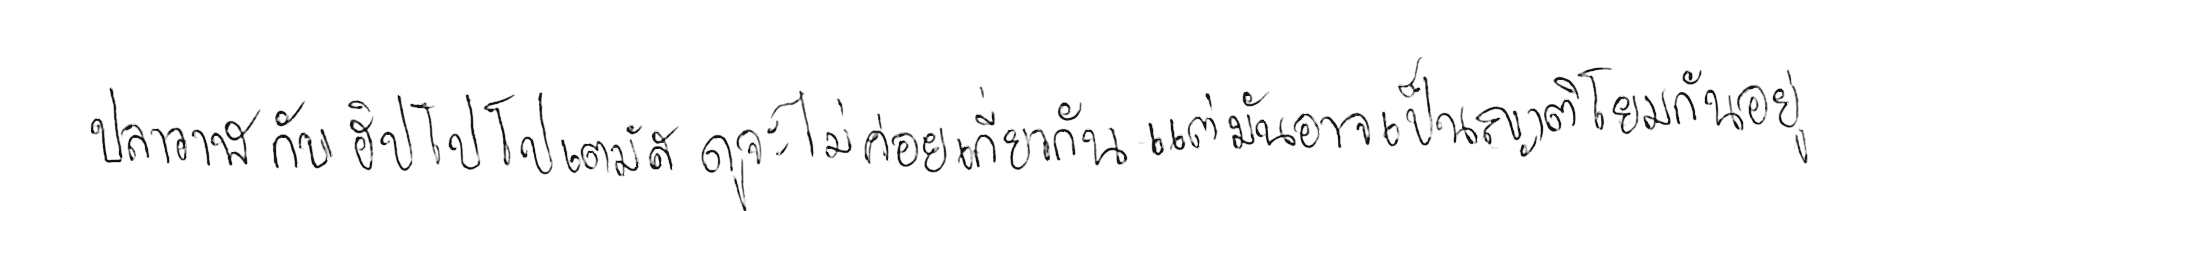
ปลาวาฬ กับ ฮิปโปโปเตมัส ดูจะไม่ค่อยเกี่ยวกัน แต่มันอาจเป็นญาติโยมกันอยู่